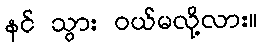
နင် သွား ဝယ်မလို့လား။